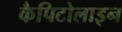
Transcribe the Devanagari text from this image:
कैपिटोलाइन